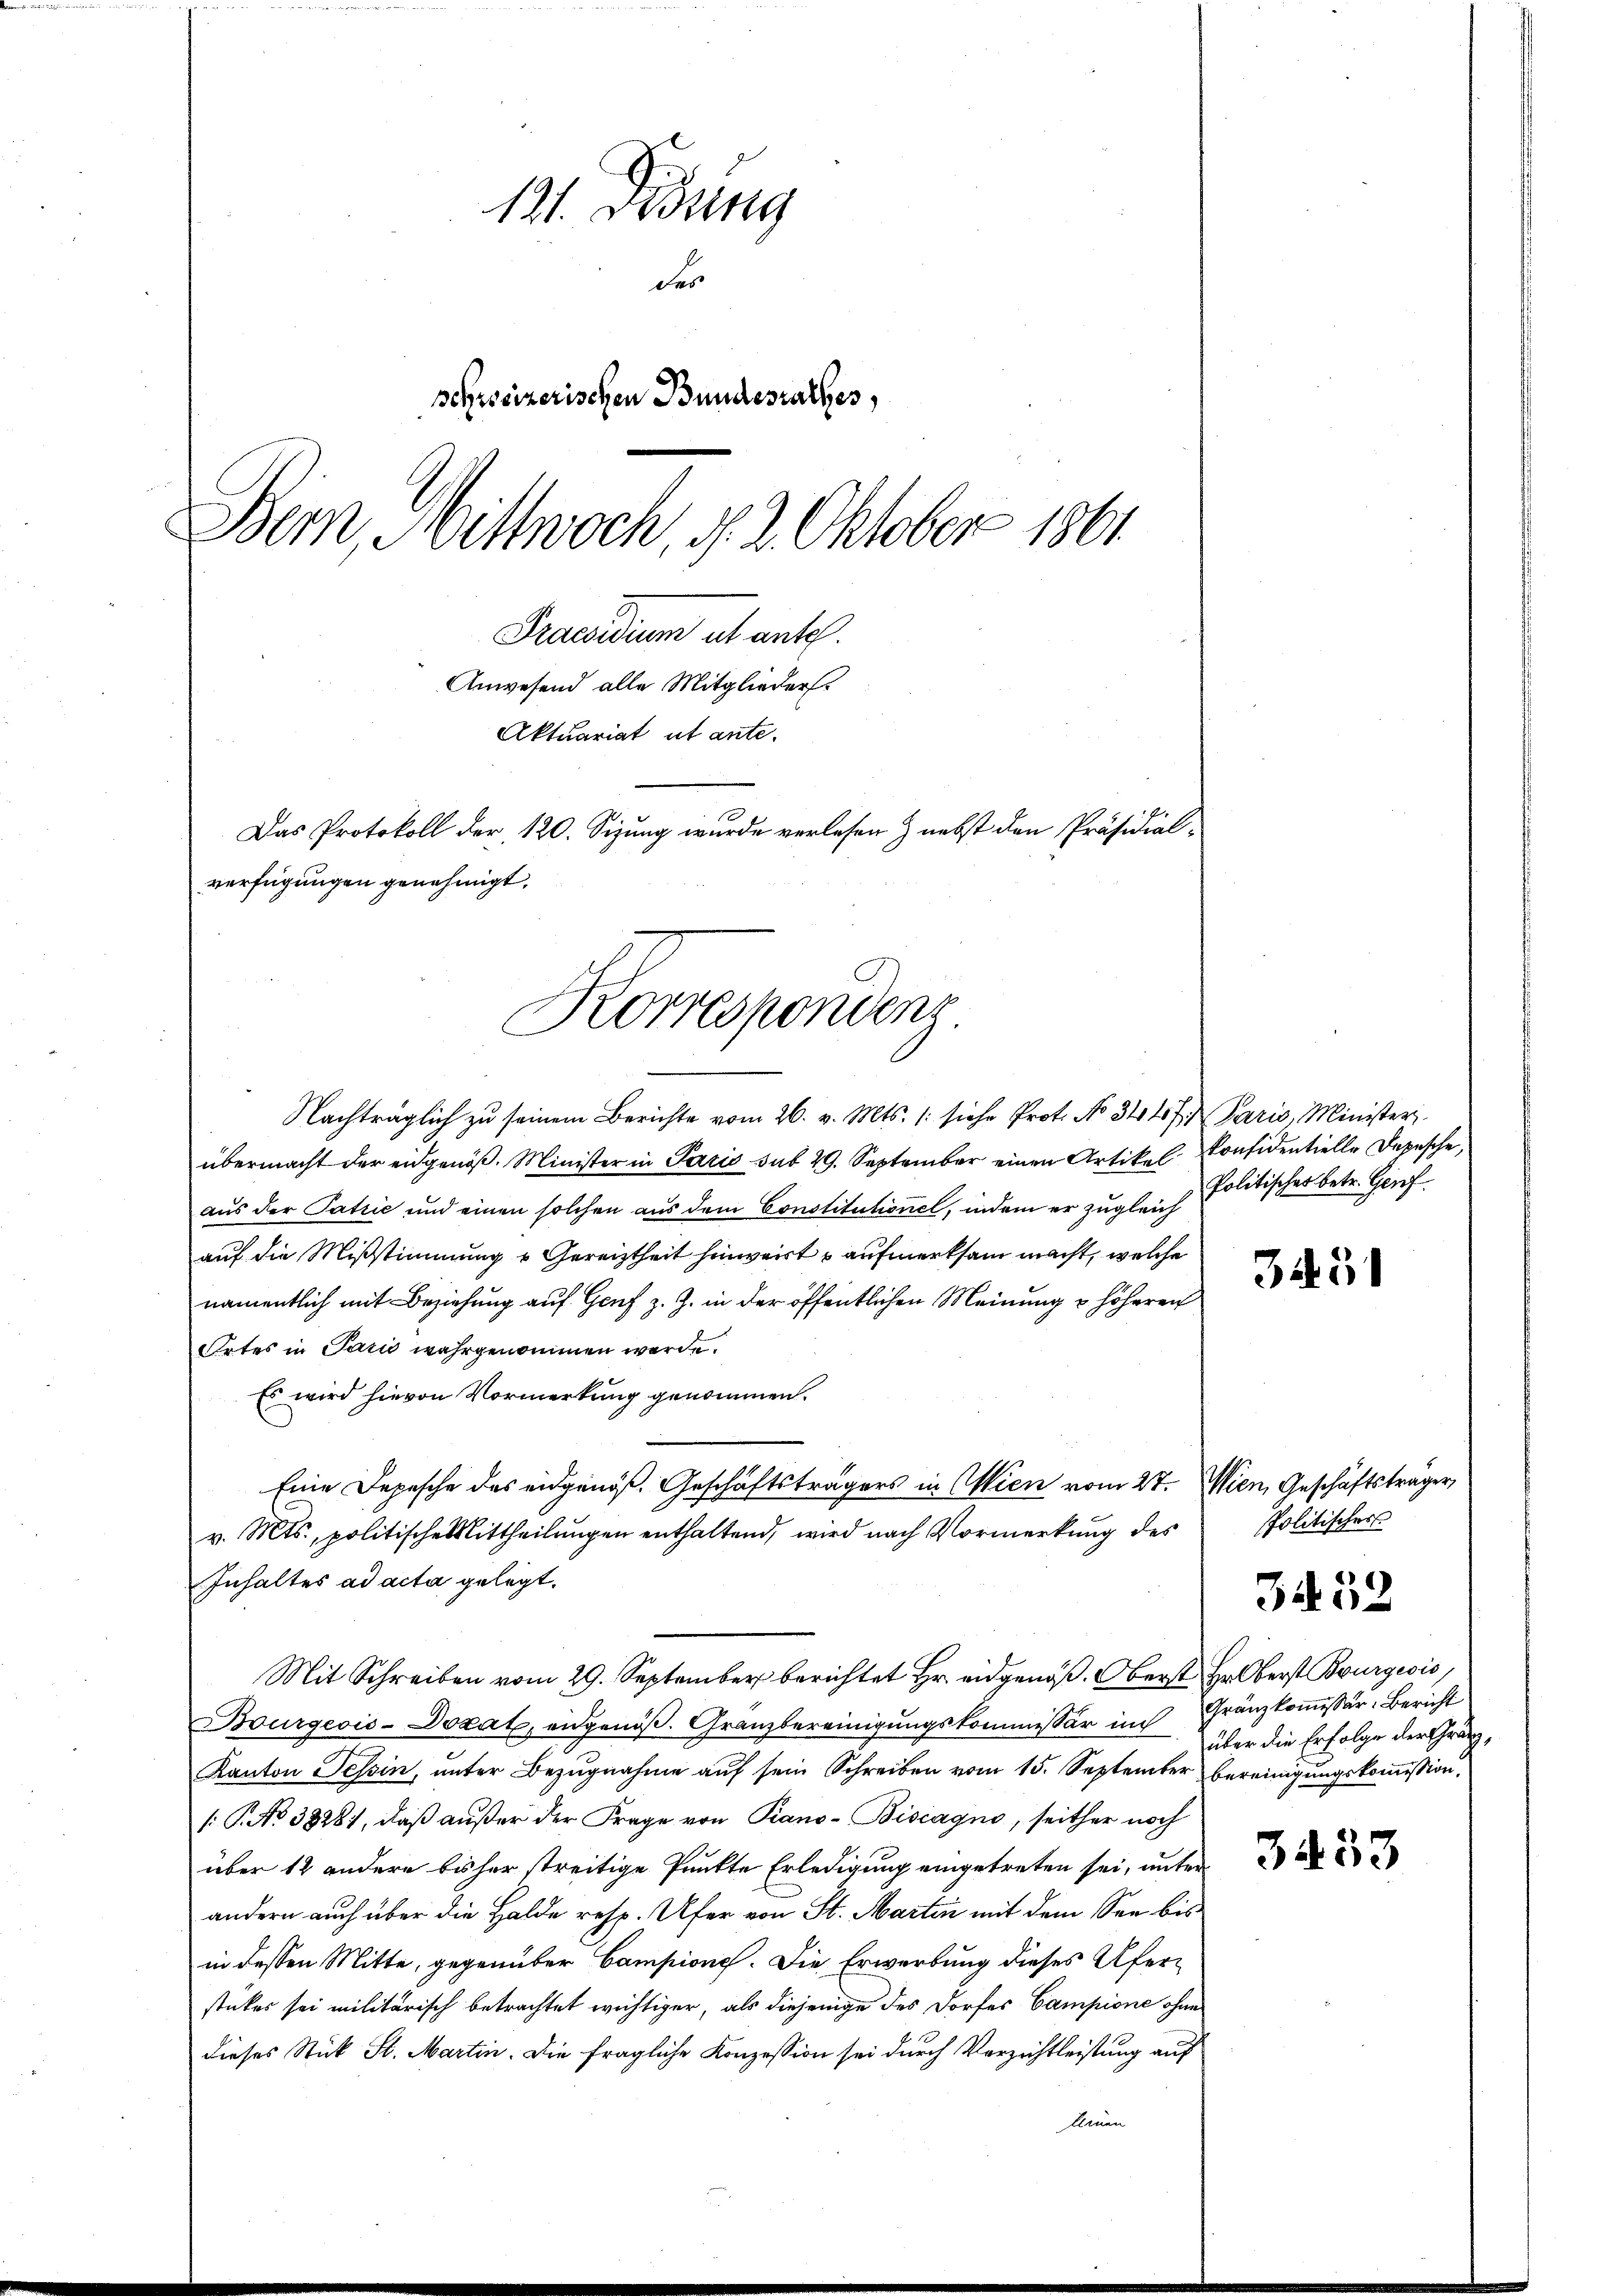
131. Didung
der
sehweizerischen Bundesrathes,
Bern, Mittwoch, d. 2. Oktober 1861
Praesidium als ante.
Anwesend alle Mitglieders.
Aktuariat ut ante.
Das Protokoll der 120. Sizung wurde verlesen & nebst den Präsidial-

verfügungen genehmigt,
Korresponden

Nachträglich zu seinem Berichte vom 26. v. Mts. /: siche Prot. No 344 f. 2 Paris, Minister
übermacht der eidgenöß. Minister in Paris sub 29. September einen Artikel Considentielle Depesche,
aus der Patrić und einen solchen aus dem Constitutionel, indem er zugleich Politischer betr. Grifauf die Mißstimmung u Gereiztheit hinweist u aufmerksam macht, welche
namentlich mit Beziehung auf Genf z. Z. in der öffentlichen Meinung u höheren
Ortes in Paris wahrgenommen werde.
Es wird hievon Vormerkung genommen.
Eine Depesche des eidgenöß. Geschäftsträgers in Wien vom 27. Wien, Geschäftsträger,
v. Mts., politische Mittheilŭngen enthaltend, wird nach Vormerkŭng des
Inhaltes ad acta gelegt.
Mit Schreiben vom 29. September berichtet Hr. eidgenöß. Oberst Hr. Oberst Burgeois
Bourgeois-Dozat, eidgenöß. Granzbereinigungskommissär in Franzkommissär, Bericht
Kanton Tessin, unter Bezugnahme auf sein Schreiben vom 15. September bereinigungskommission,
/: P. No 38281, daß außer der Frage von Piano-Bisiagno, seither noch
über 12 andere bisher streitige Punkte Erledigung eingetreten sei, unter
andern auch über die Halde resp. Ufer von St. Martin mit dem See bis
in dessen Mitte, gegenüber Campione. Die Erwerbung dieses Ufersticker sei militarisch betrachtet wichtiger, als diejenige des Dorfes Campione ohne
dieses Stück St. Martin. Die fragliche Konzession sei durch Verzichtleistung auf
klenen

345

Politischer

3452

über die Erfolge der Gränz¬

3453